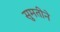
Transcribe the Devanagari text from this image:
सुमतीने